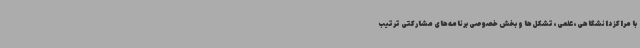
با مراکز دانشگاهی، علمی، تشکل‌ها و بخش خصوصی برنامه‌های مشارکتی ترتیب